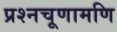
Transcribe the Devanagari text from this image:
प्रश्नचूणामणि